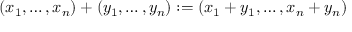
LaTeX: ( x _ { 1 } , \ldots , x _ { n } ) + ( y _ { 1 } , \ldots , y _ { n } ) : = ( x _ { 1 } + y _ { 1 } , \ldots , x _ { n } + y _ { n } )